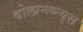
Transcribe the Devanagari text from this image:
वोलान्त्य्न्य्स